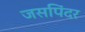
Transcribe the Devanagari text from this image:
जसपिंदर